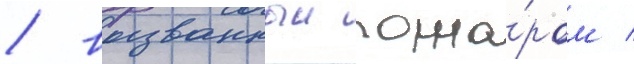
/ вызванныи пожа́ром /